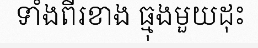
ទាំងពីរខាង ធ្មុងមួយដុះ